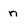
Character: n